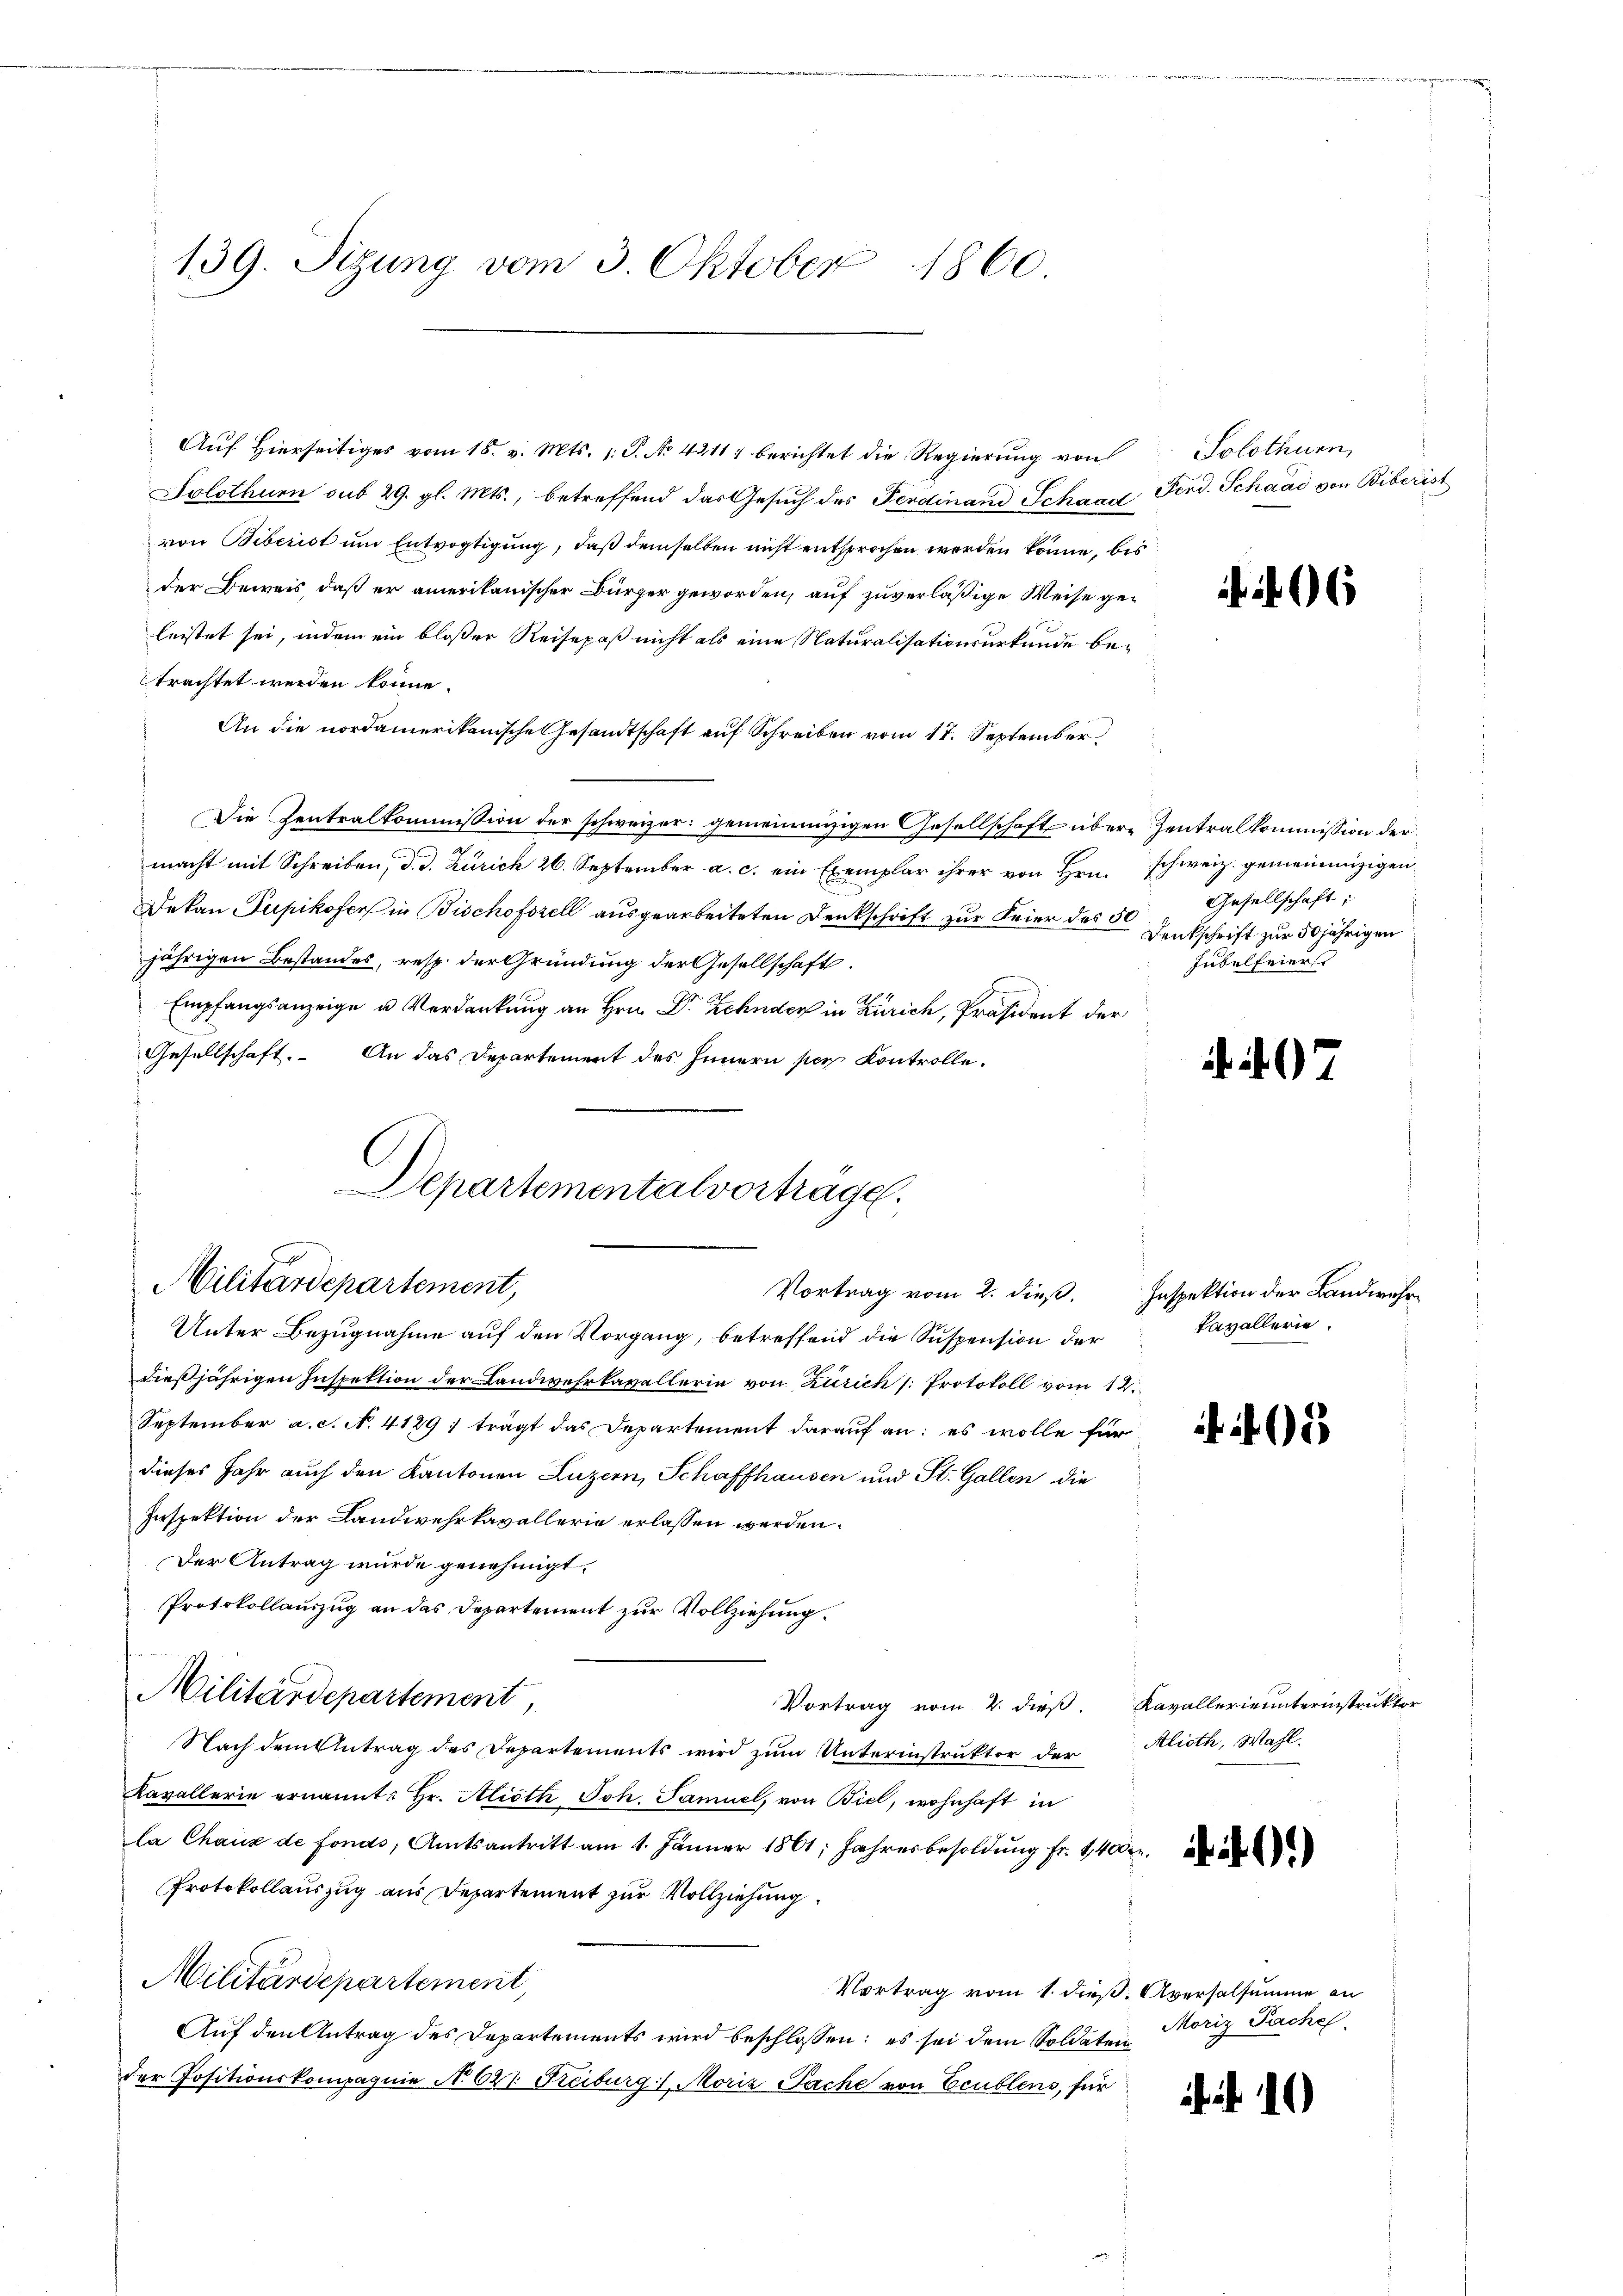
139. Sizung vom 3. Oktober 1860

Auf Hierseitiges vom 18. v. Mts. 1. P. No 42117 berichtet die Regierung von
Solothurn sub 29. gl. Mts., betreffend das Gesuch des Ferdinand Schaad
von Biberist um Entvogtigung, daß demselben nicht entsprochen werden könne, bis
der Beweis, daß er amerikanischer Bürger geworden, auf zuverläßige Weise geleistet sei, indem ein bloßer Reisepaß nicht als eine Naturalisationsurkunde betrachtet werden könne.
An die nordamerikanische Gesandtschaft auf Schreiben vom 17. September
Die Zentralkommission der schweizer: gemeinnüzigen Gesellschaft übere Zentralkommission der
macht mit Schreiben, d. d. Zürich 26. September a. c. ein Exemplar ihrer von Hrn.
Dekan Pupikofers in Bischofszell ausgearbeiteten Denkschrift zur Feier des 50 Gesellschaft
jährigen Bestandes, resp. der Gründung der Gesellschaft.
Empfangsanzeige u. Verdankung an Hrn. Dr Zehnder in Zürich, Präsident der
Gesellschaft. An das Departement des Innern per Kontrolle.
Unter Bezugnahme auf den Vorgang, betreffend die Suspension der
dießjährigen Inspektion der Landwehrkavallerin von Zürich /: Protokoll vom 12.
September a. c. N. 4129: trägt das Departement darauf an: es wolle für
dieses Jahr auch den Kantonen Luzern, Schaffhausen und St. Gallen die
Zerspektion der Landwehrkavallerie erlassen werden.
Der Antrag wurde genehmigt.
Protokollauszug an das Departement zur Vollziehung.
Militärdepartement,
Vortrag vom 2. dieß. Kavallerieunterinstruktor
Nach dem Antrag des Departements wird zum Unterinstruktor der Alioth, Wahl
Kavallerie ernannt: Hr. Alioth Joh. Samuel, von Biel, wohnhaft in
la Chauz de fonds Amtsantritt am 1. Jänner 1861, Jahresbesoldung fr. 1400.
Protokollauszug aus Departement zur Vollziehung
Militärdepartement,
Vortrag vom 1. dieß. Aversalsumme an
Auf den Antrag des Departements wird beschlossen: es sei dem Soldaten
der Positionskompagnie No 621. Freiburg, Moriz Pache von Ecublens, für

Departementalvertrage.
Militärdepartement,
Vortrag vom 2. dieß. Inspektion der Bandwehr¬

Solothurn,
Fend. Schaad von Biberist

6

schweiz. gemeinenzigen
Denkschrift zur 50 jährigen
Jubelfeierst

407

kavallerie.

Moriz Pache.

i 10